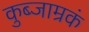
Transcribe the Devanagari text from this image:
कुब्जाम्रकं